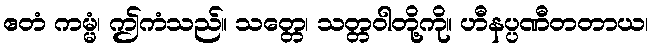
ဧတံ ကမ္မံ၊ ဤကံသည်။ သတ္တေ၊ သတ္တဝါတို့ကို။ ဟီနပ္ပဏီတတာယ၊